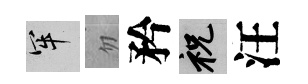
牢忽矜祝汪